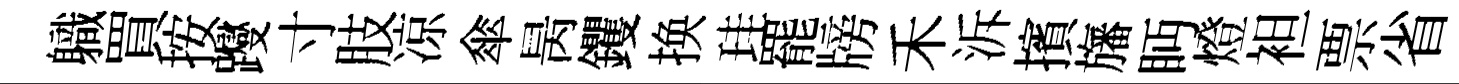
軄買按躞寸肢凉傘昺钁换珪罷牓禾泝擯旛眄燈袒票省